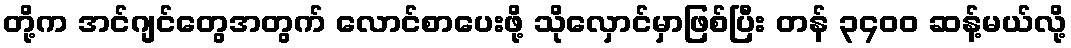
တို့က အင်ဂျင်တွေအတွက် လောင်စာပေးဖို့ သိုလှောင်မှာဖြစ်ပြီး တန် ၃၄၀၀ ဆန့်မယ်လို့